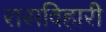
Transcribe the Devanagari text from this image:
रासविहारी